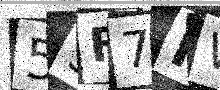
Text: 55F7KW